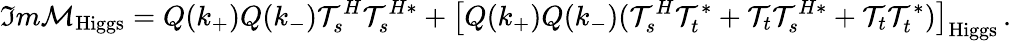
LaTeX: {\Im m{\cal M}}_{\mathrm{Higgs}}=Q(k_{+})Q(k_{-}){\cal T}_{s}^{H}{\cal T}_{s}^{H*}+\big[Q(k_{+})Q(k_{-})({\cal T}_{s}^{H}{\cal T}_{t}^{*}+{\cal T}_{t}{\cal T}_{s}^{H*}+{\cal T}_{t}{\cal T}_{t}^{*})\big]_{\mathrm{Higgs}}\, .